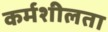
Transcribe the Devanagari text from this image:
कर्मशीलता